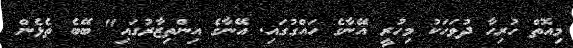
މިއޮތް ހުރިހާ ދުވަހަކު މިހުރީ އޭނާގެ ހައްގުގައި. އޭނާގެ އިންތިޒާރުގައި" ބޭބެ ތެޅެން